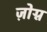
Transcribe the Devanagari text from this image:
ज़ोग्न